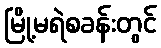
မြို့မရဲစခန်းတွင်